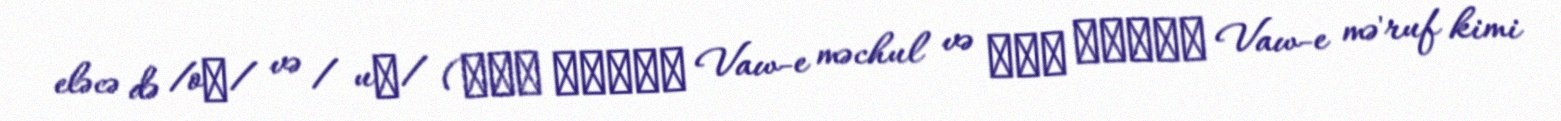
eləcə də /oː/ və / uː/ (واو مجهول Vaw-e məchul və واو معروف Vaw-e mə'ruf kimi